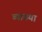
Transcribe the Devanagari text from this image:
व्याख्‍या